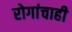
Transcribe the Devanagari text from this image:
रोगांचाही